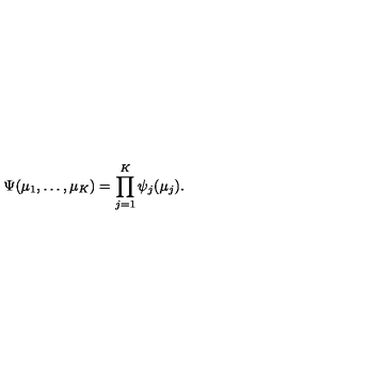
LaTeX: \Psi ( \mu _ { 1 } , \ldots , \mu _ { K } ) = \prod _ { j = 1 } ^ { K } \psi _ { j } ( \mu _ { j } ) .